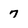
Character: 7